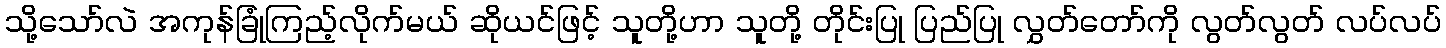
သို့သော်လဲ အကုန်ခြုံကြည့်လိုက်မယ် ဆိုယင်ဖြင့် သူတို့ဟာ သူတို့ တိုင်းပြု ပြည်ပြု လွှတ်တော်ကို လွတ်လွတ် လပ်လပ်